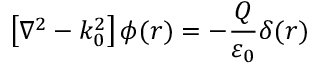
\left[ \nabla ^ { 2 } - k _ { 0 } ^ { 2 } \right] \phi ( r ) = - { \frac { Q } { \varepsilon _ { 0 } } } \delta ( r )